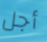
أجل